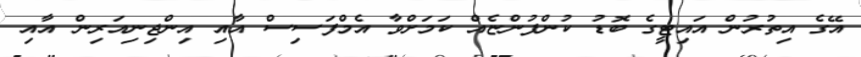
އޭގެ އިތުރުން އައިޓީގެ ބޮޑު ކުންފުންޏެއް ކަމަށްވާ އެމްފަސިސް އާއި އިންޖިނިއަރިން އާއި